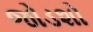
જોડશો